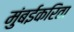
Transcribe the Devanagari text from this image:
मुंबईकरिता